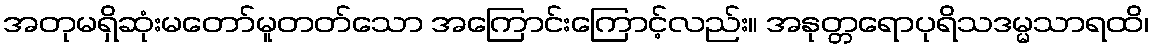
အတုမရှိဆုံးမတော်မူတတ်သော အကြောင်းကြောင့်လည်း။ အနုတ္တရောပုရိသဒမ္မသာရထိ၊